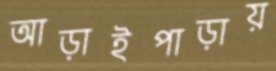
আড়াইপাড়ায়